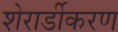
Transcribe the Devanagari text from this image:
शेरार्डीकरण